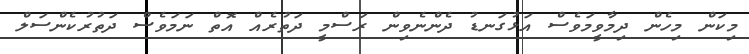
މިކަން މިހެން ދިމާވީމަވެސް އަޅުގަނޑު ދެންނެވިން ރަސްމީ ދަތުރެއް އޮތް ނަމަވެސް ދަތުރުކެންސަލް